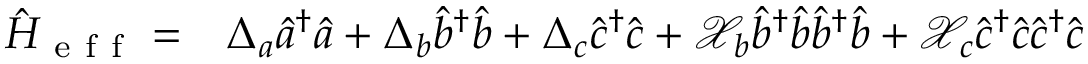
\begin{array} { r l } { \hat { H } _ { \mathrm { ~ e ~ f ~ f ~ } } = } & { { } \Delta _ { a } \hat { a } ^ { \dagger } \hat { a } + \Delta _ { b } \hat { b } ^ { \dagger } \hat { b } + \Delta _ { c } \hat { c } ^ { \dagger } \hat { c } + \mathcal { X } _ { b } \hat { b } ^ { \dagger } \hat { b } \hat { b } ^ { \dagger } \hat { b } + \mathcal { X } _ { c } \hat { c } ^ { \dagger } \hat { c } \hat { c } ^ { \dagger } \hat { c } } \end{array}